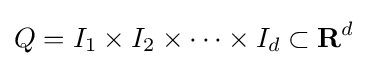
Q=I_{1}\times I_{2}\times \cdots \times I_{d}\subset \mathbf {R} ^{d}